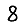
Digit: 8